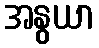
အနွယာ